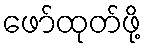
ဖော်ထုတ်ဖို့